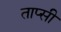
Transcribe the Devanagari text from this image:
ताप्सी